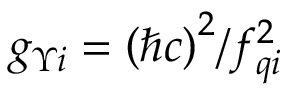
g _ { \Upsilon i } = { \left( \hbar c \right) } ^ { 2 } / f _ { q i } ^ { 2 }